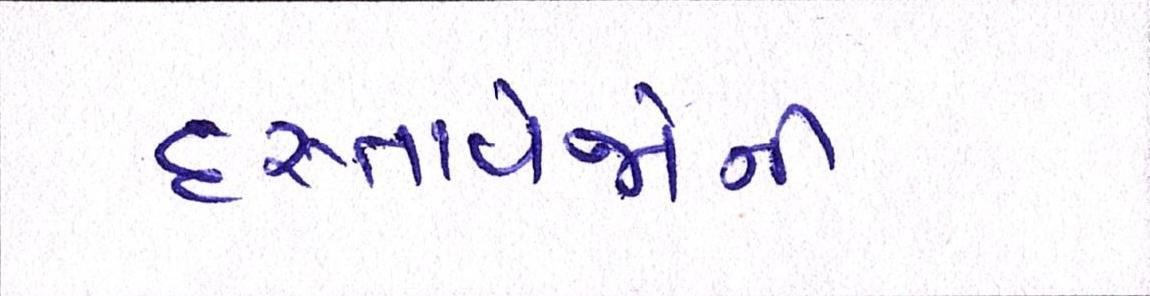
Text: દસ્તાવેજોની